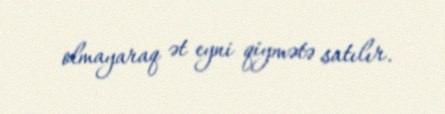
olmayaraq ət eyni qiymətə satılır.